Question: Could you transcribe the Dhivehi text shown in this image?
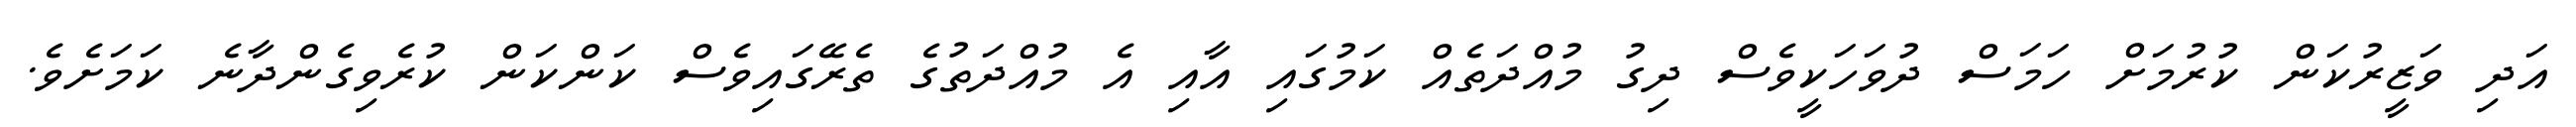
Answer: އަދި ވަޒީރުކަން ކުރުމަށް ހަމަސް ދުވަހަކީވެސް ދިގު މުއްދަތެއް ކަމުގައި އާއި އެ މުއްދަތުގެ ތެރޭގައިވެސް ކަންކަން ކުރެވިގެންދާނެ ކަމަށެވެ.